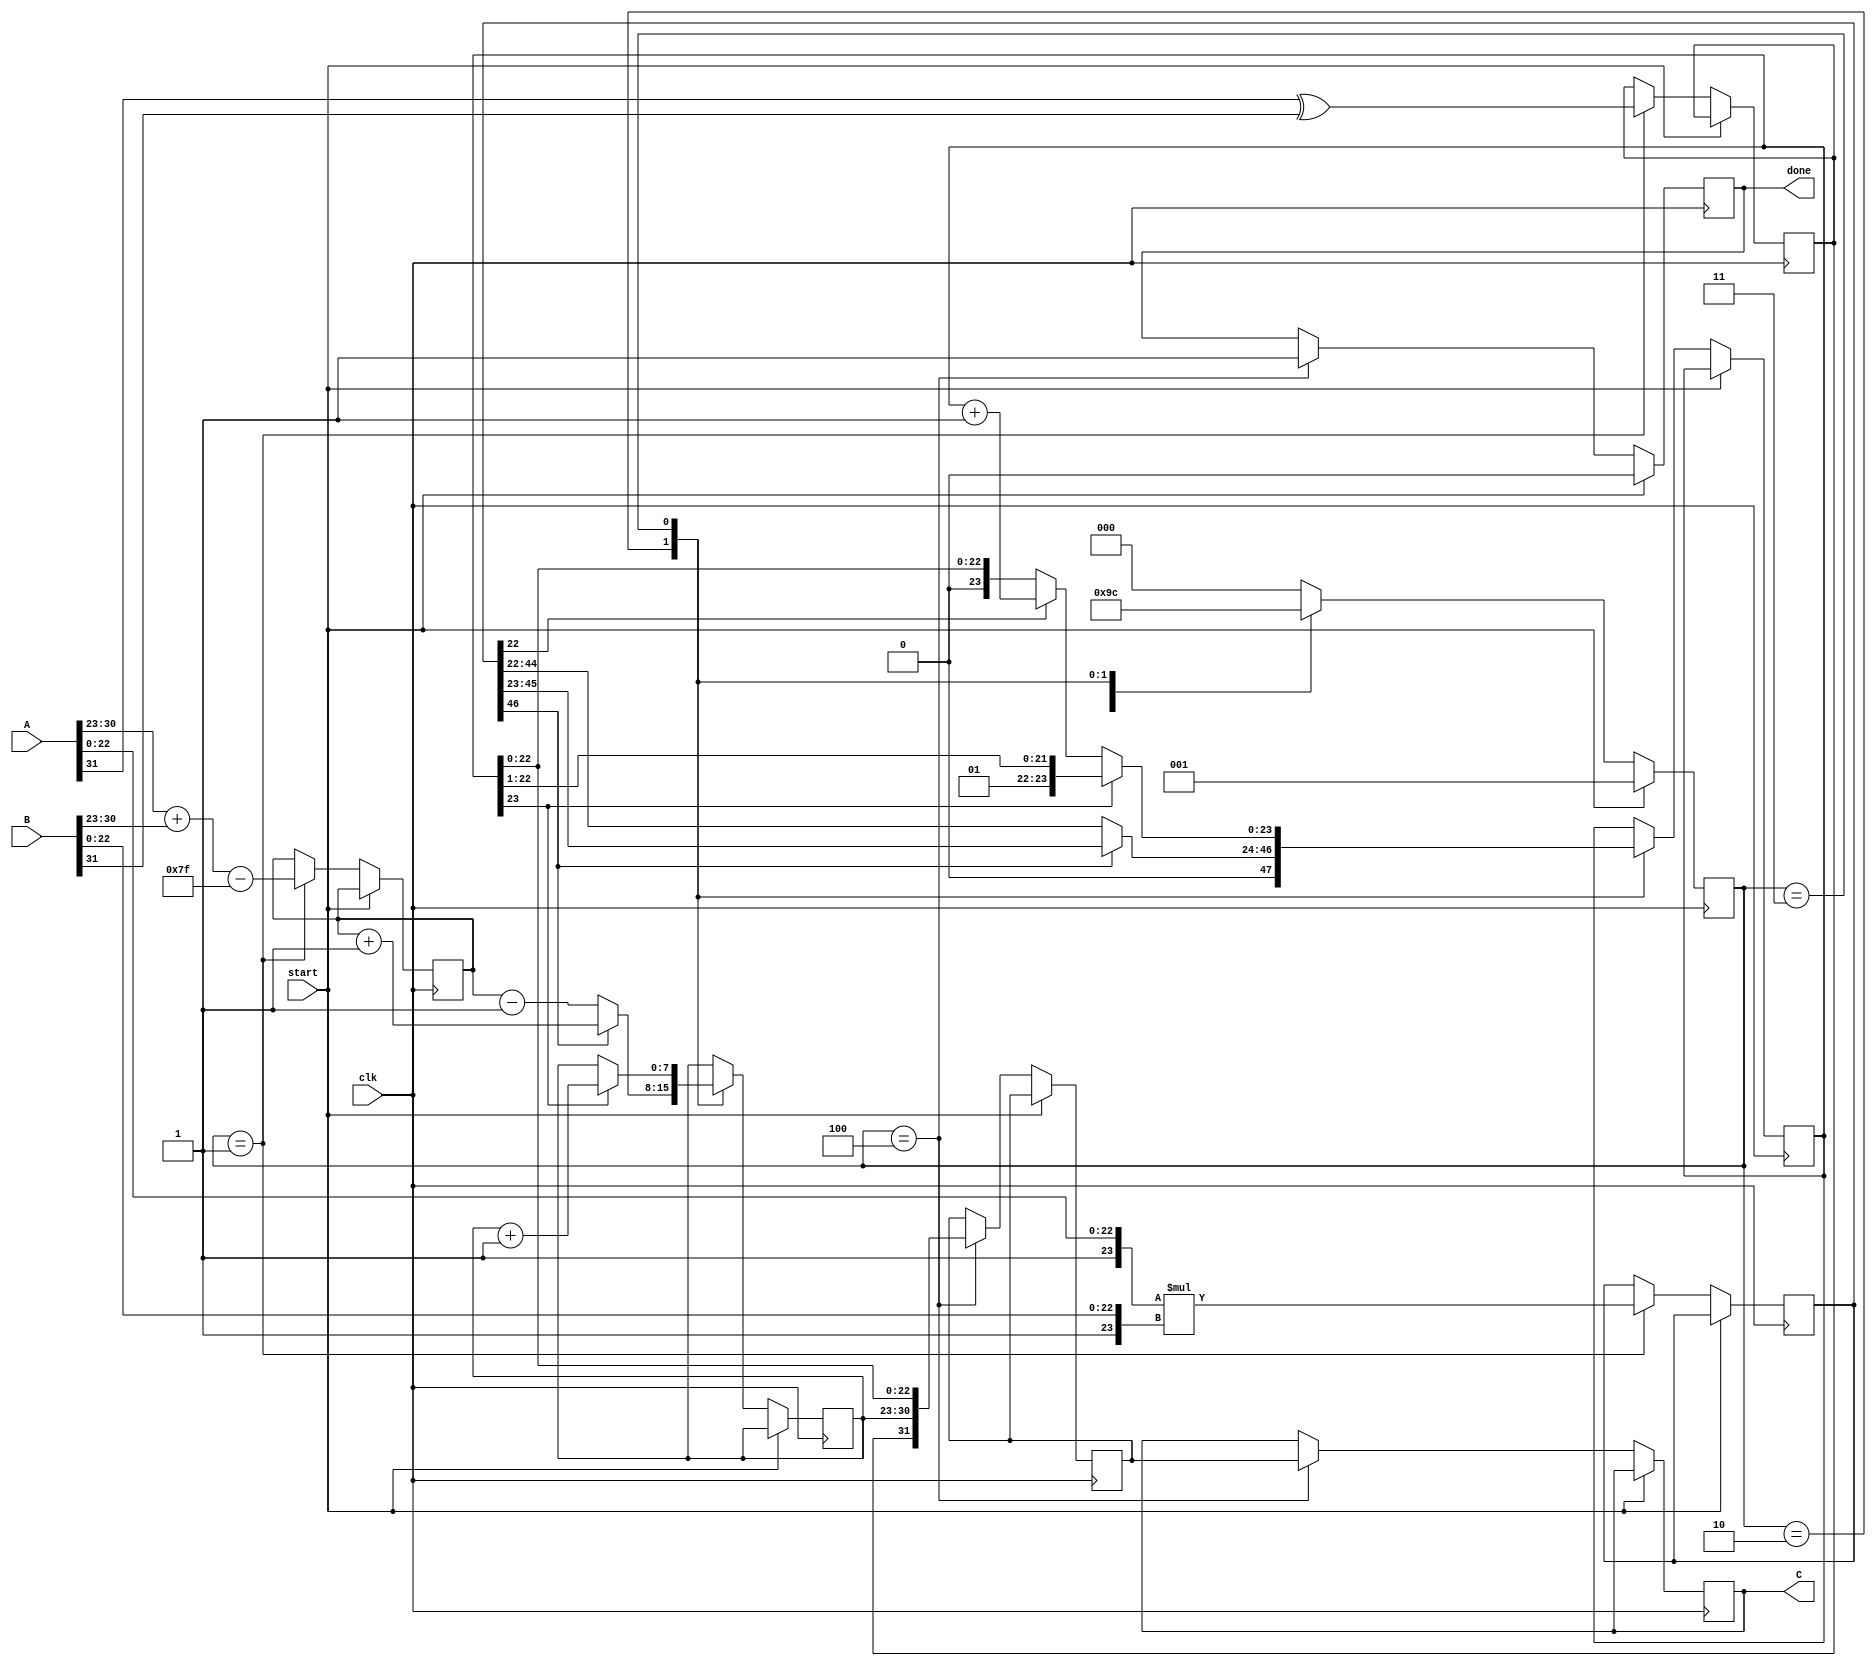
module floating_point_multiplier #(
    parameter E = 8, // Number of exponent bits
    parameter M = 23, // Number of mantissa bits
    parameter BIAS = 127 // Bias for single-precision
)(
    input wire [E + M : 0] A, // Input floating point A
    input wire [E + M : 0] B, // Input floating point B
    output reg [E + M : 0] C, // Output floating point C
    input wire clk,
    input wire start,
    output reg done
);

    // Internal signals
    wire sign_A = A[E + M]; // Sign bit of A
    wire sign_B = B[E + M]; // Sign bit of B
    wire [E - 1 : 0] exp_A = A[E + M - 1 : M]; // Exponent of A
    wire [E - 1 : 0] exp_B = B[E + M - 1 : M]; // Exponent of B
    wire [M : 0] mant_A = {1'b1, A[M - 1 : 0]}; // Mantissa of A (with implicit leading 1)
    wire [M : 0] mant_B = {1'b1, B[M - 1 : 0]}; // Mantissa of B (with implicit leading 1)

    reg [2 * M : 0] mant_product; // Product of mantissas
    reg [E - 1 : 0] exp_product; // Exponent of the product
    reg sign_product; // Sign of the product
    reg [E - 1 : 0] exp_adjusted; // Adjusted exponent after normalization
    reg [M : 0] mant_normalized; // Normalized mantissa
    reg [E + M : 0] output_reg; // Final output register
    reg [2:0] state; // State for control logic

    // States for control
    localparam IDLE = 3'b000,
               CALCULATE = 3'b001,
               NORMALIZE = 3'b010,
               ROUND = 3'b011,
               OUTPUT = 3'b100;

    always @(posedge clk) begin
        if (start) begin
            state <= CALCULATE;
            done <= 0;
        end else begin
            case (state)
                CALCULATE: begin
                    // Calculate sign
                    sign_product <= sign_A ^ sign_B;

                    // Calculate exponent
                    exp_product <= exp_A + exp_B - BIAS;

                    // Multiply mantissas
                    mant_product <= mant_A * mant_B;

                    // Move to the normalization state
                    state <= NORMALIZE;
                end

                NORMALIZE: begin
                    // Normalize the product
                    if (mant_product[2 * M] == 1) begin
                        // If the product is greater than or equal to 2, shift right
                        mant_normalized <= mant_product[2 * M - 1 : M];
                        exp_adjusted <= exp_product + 1;
                    end else begin
                        // If the product is less than 1, shift left
                        mant_normalized <= mant_product[2 * M - 2 : M - 1];
                        exp_adjusted <= exp_product - 1;
                    end

                    // Move to the rounding state
                    state <= ROUND;
                end

                ROUND: begin
                    // Rounding logic (simple round to nearest)
                    if (mant_product[M - 1]) begin
                        mant_normalized <= mant_normalized + 1;
                    end

                    // Handle overflow in mantissa
                    if (mant_normalized[M] == 1) begin
                        mant_normalized <= mant_normalized >> 1;
                        exp_adjusted <= exp_adjusted + 1;
                    end

                    // Move to output state
                    state <= OUTPUT;
                end

                OUTPUT: begin
                    // Construct the output
                    output_reg <= {sign_product, exp_adjusted, mant_normalized[M - 1 : 0]};
                    C <= output_reg;
                    done <= 1; // Indicate operation is complete
                    state <= IDLE; // Go back to idle
                end

                default: state <= IDLE; // Default to IDLE
            endcase
        end
    end
endmodule